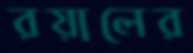
রয়ালের